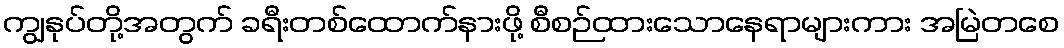
ကျွနုပ်တို့အတွက် ခရီးတစ်ထောက်နားဖို့ စီစဉ်ထားသောနေရာများကား အမြဲတစေ